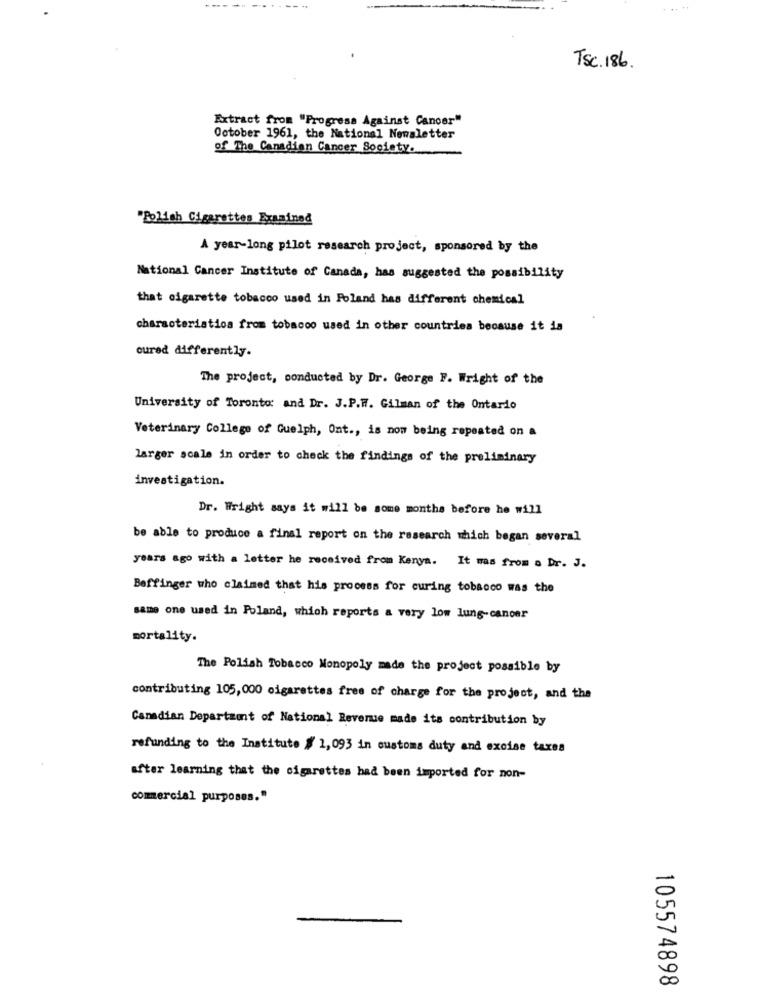
----
TSc. 186.
Extract from "Progress Against Cancer"
October 1961, the National Newsletter
of The Canadian Cancer Society.
"Bolich Cigarettes Examined
A year-long pilot research project, sponsored by the
National Cancer Institute of Canada, has suggested the possibility
that cigarette tobacco used in Poland has different chemical
characteristics from tobacco used in other countries because it is
cured differently.
The project, conducted by Dr. George F. Wright of the
University of Toronto: and Dr. J.P.W. Gilman of the Ontario
Veterinary College of Guelph, Ont ., is now being repeated on a
larger scale in order to check the findings of the preliminary
investigation.
Dr. Wright says it will be some months before he will
be able to produce a final report on the research which began several
years ago with a letter he received from Kenya. It was from a Dr. J.
Beffinger who claimed that his process for curing tobacco was the
same one used in Poland, which reports a very low lung cancer
mortality.
The Polish Tobacco Monopoly made the project possible by
contributing 105, 000 cigarettes free of charge for the project, and the
Canadian Department of National Revenue made its contribution by
refunding to the Institute # 1,093 in customs duty and excise taxes
after learning that the cigarettes had been imported for non-
commercial purposes."
105574898